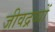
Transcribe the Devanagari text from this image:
जीवद्रव्यों